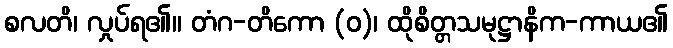
စလတိ၊ လှုပ်ရ၏။ တံဂ-တိကော (ဝ)၊ ထိုစိတ္တသမုဋ္ဌာနိက-ကာယ၏